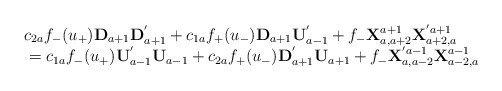
\begin{align*}\begin{array}{l}c_{2a}f_{-}(u_{+}){\bf D}_{a+1}{\bf D}_{a+1}^{'}+c_{1a}f_{+}(u_{-}){\bf D}_{a+1}{\bf U}_{a-1}^{'}+f_{-}{\bf X}^{a+1}_{a,a+2}{\bf X}^{'a+1}_{a+2,a}\\\mbox{}=c_{1a}f_{-}(u_{+}){\bf U}_{a-1}^{'}{\bf U}_{a-1}+c_{2a}f_{+}(u_{-}){\bf D}_{a+1}^{'}{\bf U}_{a+1}+f_{-}{\bf X}^{'a-1}_{a,a-2}{\bf X}^{a-1}_{a-2,a}\end{array}\end{align*}